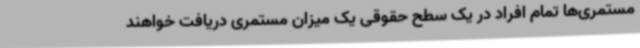
مستمری‌ها تمام افراد در یک سطح حقوقی یک میزان مستمری دریافت خواهند